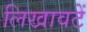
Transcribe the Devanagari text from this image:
लिखावटें